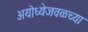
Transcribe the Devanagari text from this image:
अयोध्येजवळच्या